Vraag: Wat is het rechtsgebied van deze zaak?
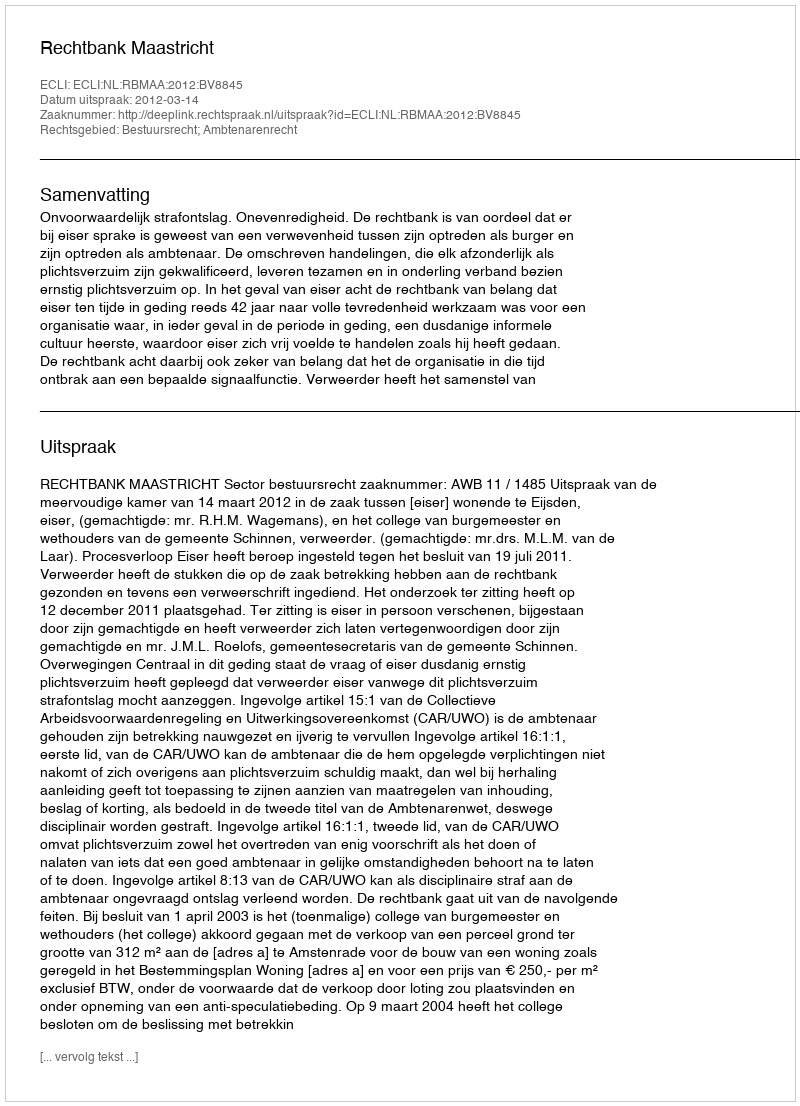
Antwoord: Bestuursrecht; Ambtenarenrecht